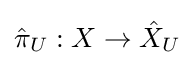
{\hat {\pi }}_{U}:X\to {\hat {X}}_{U}